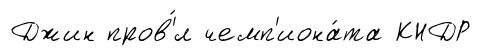
Джин пров'́л чемп'иона́та КНДР